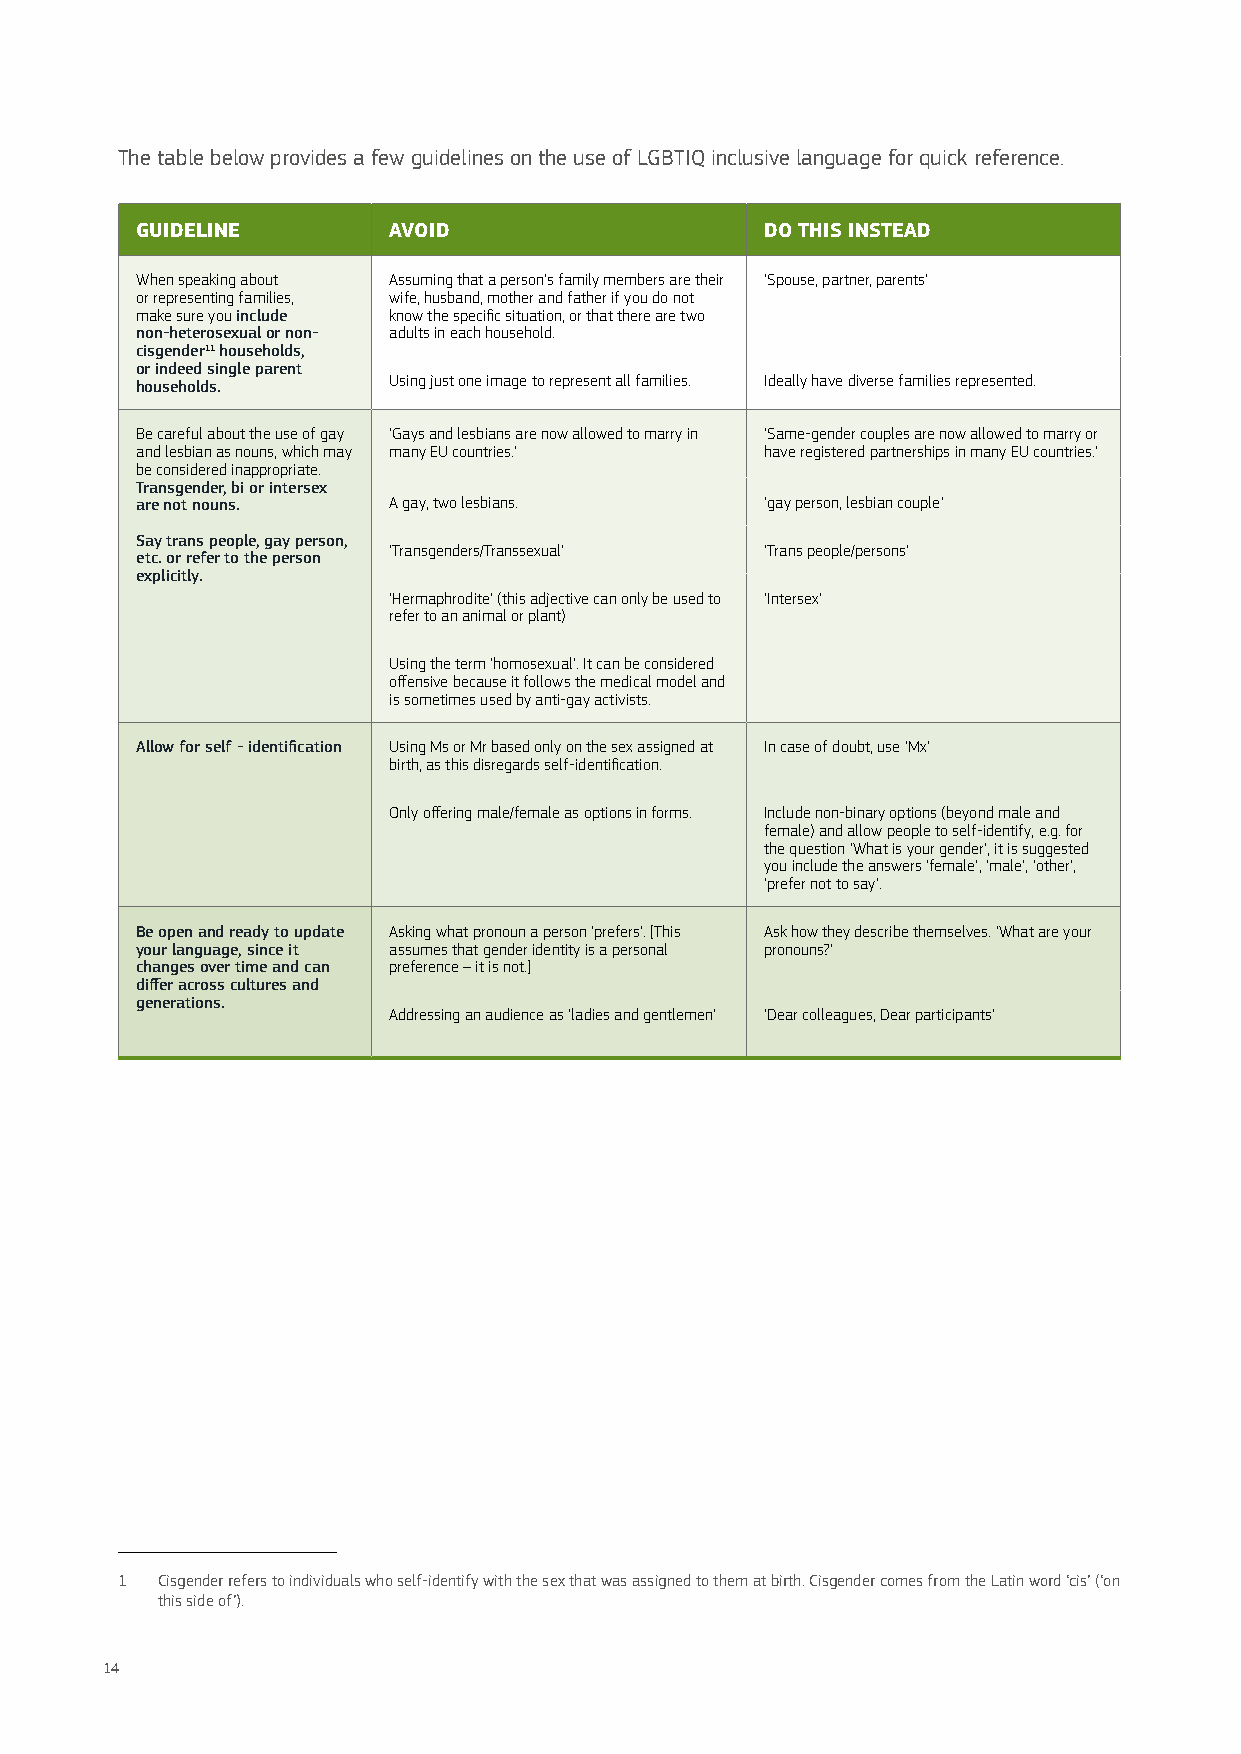
The table below provides a few guidelines on the use of LGBTIQ inclusive language for quick reference.1
 GUIDELINE        AVOID                    DO THIS INSTEAD
 When speaking about Assuming that a person’s family members are their ‘Spouse, partner, parents’
 or representing families, wife, husband, mother and father if you do not
 make sure you include know the specific situation, or that there are two
 non-heterosexual or non- adults in each household.
 cisgender11 households,
 or indeed single parent
 households.      Using just one image to represent all families. Ideally have diverse families represented.
 Be careful about the use of gay ‘Gays and lesbians are now allowed to marry in ‘Same-gender couples are now allowed to marry or
 and lesbian as nouns, which may many EU countries.’ have registered partnerships in many EU countries.’
 be considered inappropriate.
 Transgender, bi or intersex
 are not nouns.   A gay, two lesbians.     ‘gay person, lesbian couple’
 Say trans people, gay person,
 ‘Transgenders/Transsexual’ ‘Trans people/persons’
 etc. or refer to the person
 explicitly.
 ‘Hermaphrodite’ (this adjective can only be used to ‘Intersex’
 refer to an animal or plant)
 Using the term ‘homosexual’. It can be considered
 offensive because it follows the medical model and
 is sometimes used by anti-gay activists.
 Allow for self - identification Using Ms or Mr based only on the sex assigned at In case of doubt, use ‘Mx’
 birth, as this disregards self-identification.
 Only offering male/female as options in forms. Include non-binary options (beyond male and
 female) and allow people to self-identify, e.g. for
 the question ‘What is your gender’, it is suggested
 you include the answers ‘female’, ‘male’, ‘other’,
 ‘prefer not to say’.
 Be open and ready to update Asking what pronoun a person ‘prefers’. [This Ask how they describe themselves. ‘What are your
 your language, since it assumes that gender identity is a personal pronouns?’
 changes over time and can preference – it is not.]
 differ across cultures and
 generations.
 Addressing an audience as ‘ladies and gentlemen’ ‘Dear colleagues, Dear participants’
 1 Cisgender refers to individuals who self-identify with the sex that was assigned to them at birth. Cisgender comes from the Latin word ‘cis’ (‘on
 this side of’).
 14